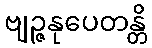
ဗျဉ္ဇနုပေတန္တိ